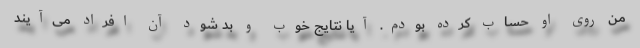
من روی او حساب کرده بودم. آیا نتایج خوب و بد شود آن افراد می‌آیند